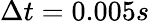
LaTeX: \Delta t=0.005s